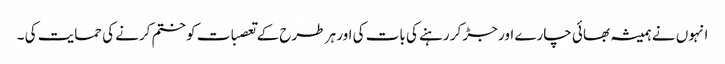
انہوں نے ہمیشہ بھائی چارے اور جڑ کر رہنے کی بات کی اور ہر طرح کے تعصبات کو ختم کرنے کی حمایت کی ۔